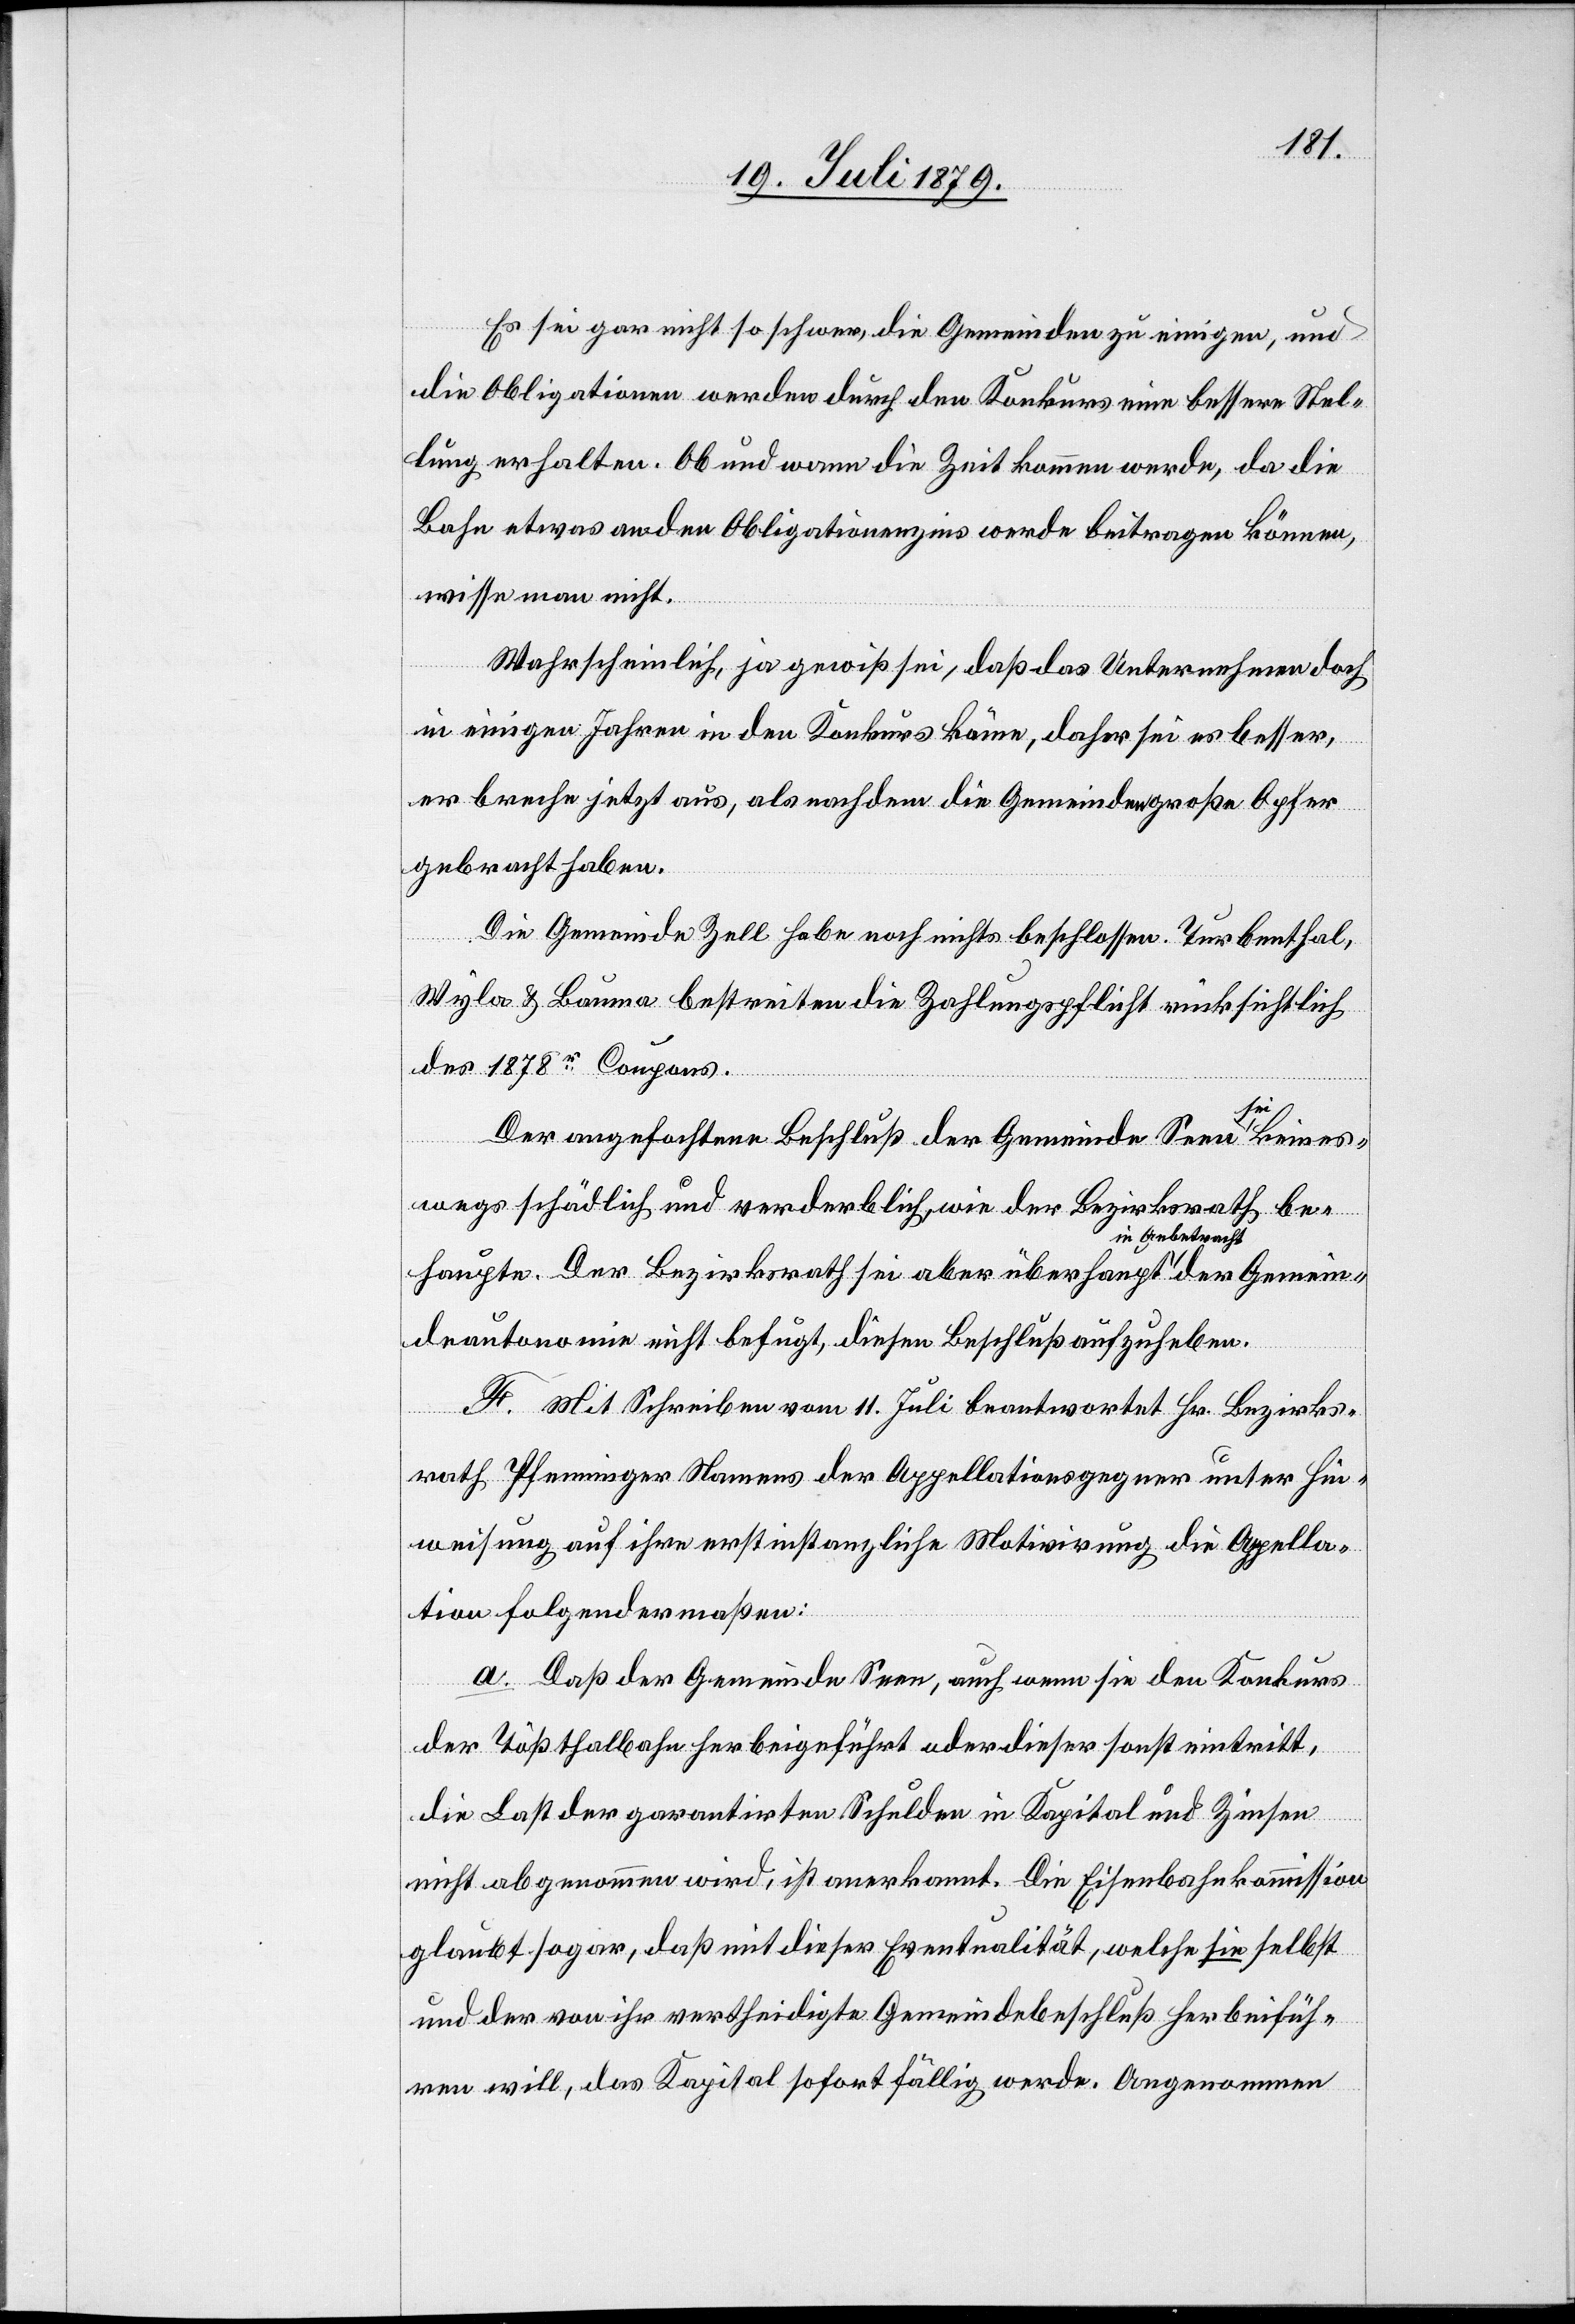
Es sei gar nicht so schwer, die Gemeinden zu einigen, und
die Obligationen werden durch den Konkurs eine bessere Stel¬
lung erhalten. Ob und wann die Zeit kommen werde, da die
Bahn etwas an den Obligationenzins werde beitragen können,
wisse man nicht.
Wahrscheinlich, ja gewiß sei, daß das Unternehmen doch
in einigen Jahren in den Konkurs käme, daher sei es besser,
er breche jetzt aus, als nachdem die Gemeinden große Opfer
gebracht haben.
racht
Die Gemeinde Zell habe noch nichts beschlossen. Turbenthal,
Wyla & Bauma bestreiten die Zahlungspflicht rücksichtlich
des 1878r Coupons.
der
Der angefochtene Beschluß der Gemeinde Seen sei keines¬
wegs schädlich und verderblich, wie der Bezirksrath be¬
haupte. Der Bezirksrath sei aber überhaupt in Anbet¬
deautonomie nicht befugt, diesen Beschluß aufzuheben.
F. Mit Schreiben vom 11. Juli beantwortet Hr. Bezirks¬
rath Pfenninger Namens der Appellationsgegner unter Hin¬
weisung auf ihre erstinstanzliche Motivirung die Appella¬
Gemein¬
tion folgendermaßen:
a. Daß der Gemeinde Seen, auch wenn sie den Konkurs
der Tößthalbahn herbeigeführt oder dieser sonst eintritt,
die Last der garantirten Schulden in Kapital und Zinsen
nicht abgenommen wird, ist anerkannt. Die Eisenbahnkommission
glaubt sogar, daß mit dieser Eventualität, welche sie selbst
und der von ihr vertheidigte Gemeindebeschluß herbeifüh¬
ren will, das Kapital sofort fällig werde. Angenommen